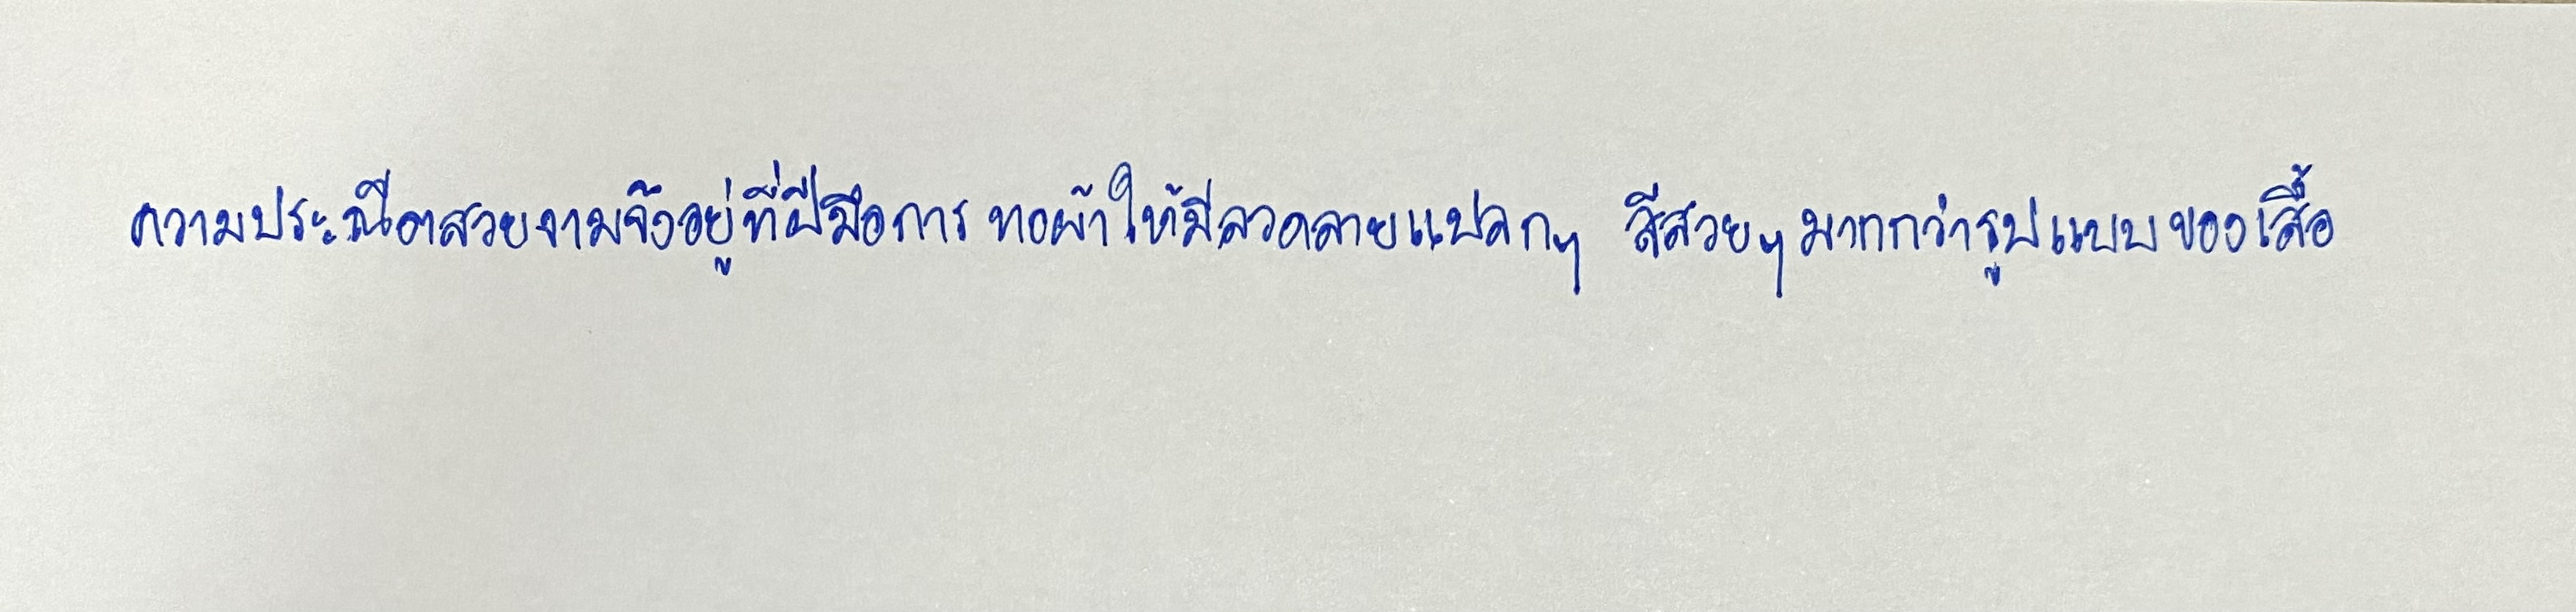
ความประณีตสวยงามจึงอยู่ที่ฝีมือการทอผ้าให้มีลวดลายแปลกๆ สีสวยๆ มากกว่ารูปแบบของเสื้อ